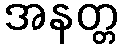
အနတ္တ